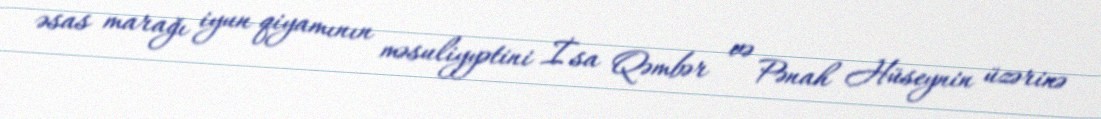
əsas marağı iyun qiyamının məsuliyyətini İsa Qəmbər və Pənah Hüseynin üzərinə